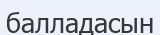
балладасын